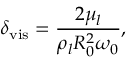
\delta _ { \mathrm { v i s } } = \frac { 2 \mu _ { l } } { \rho _ { l } R _ { 0 } ^ { 2 } \omega _ { 0 } } ,